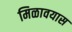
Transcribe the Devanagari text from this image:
मिळावयास